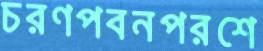
চরণপবনপরশে